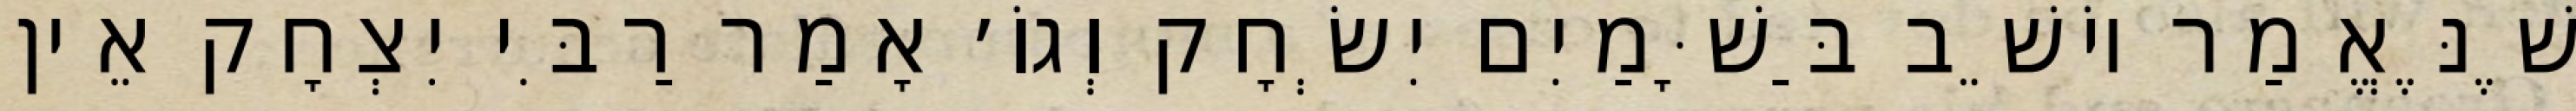
שֶׁנֶּאֱמַר יוֹשֵׁב בַּשָּׁמַיִם יִשְׂחָק וְגוֹ׳ אָמַר רַבִּי יִצְחָק אֵין